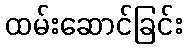
ထမ်းဆောင်ခြင်း